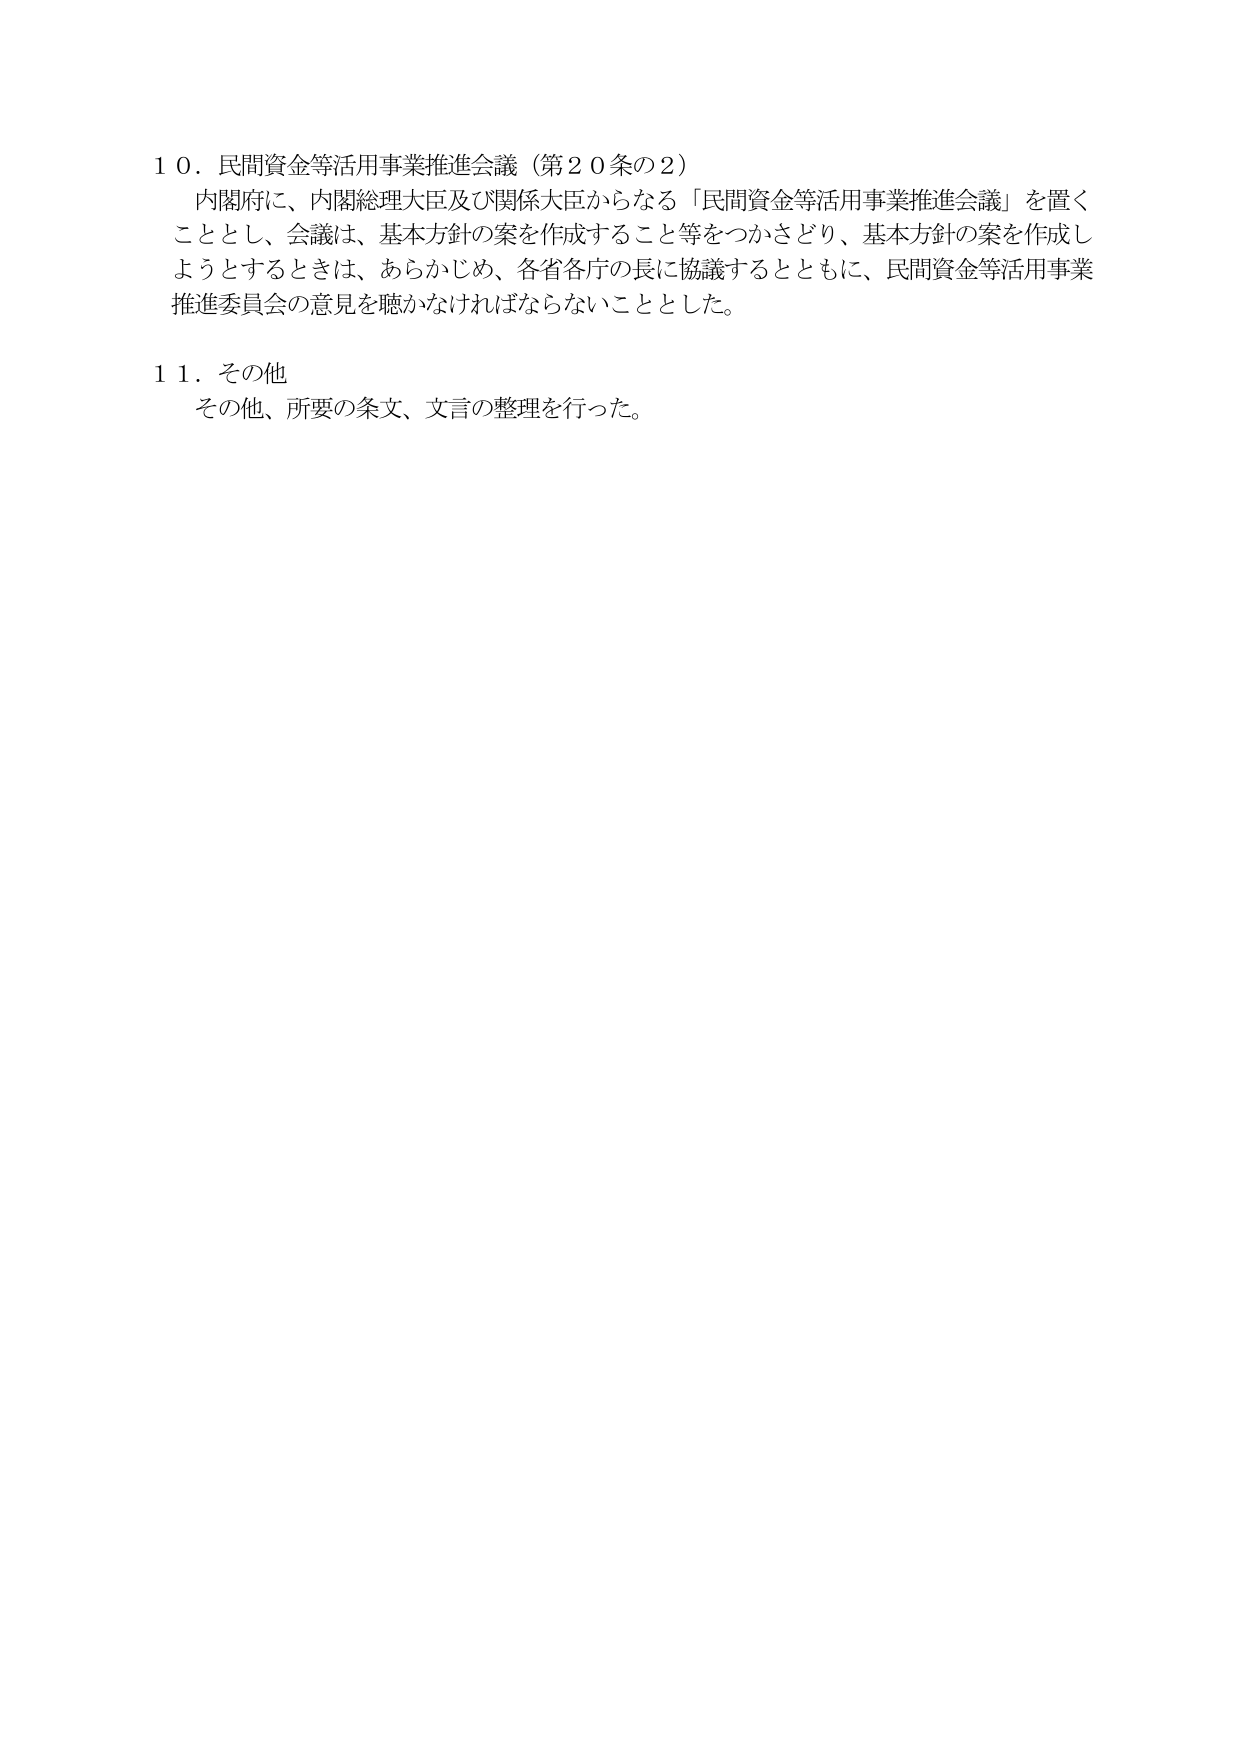
１０．民間資金等活用事業推進会議（第２０条の２）
内閣府に、内閣総理大臣及び関係大臣からなる「民間資金等活用事業推進会議」を置くこととし、会議は、基本方針の案を作成すること等をつかさどり、基本方針の案を作成しようとするときは、あらかじめ、各省各庁の長に協議するとともに、民間資金等活用事業推進委員会の意見を聴かなければならないこととした。

１１．その他
その他、所要の条文、文言の整理を行った。